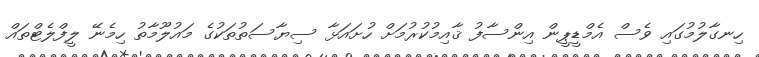
ހިނގާލުމުގައި ވެސް އެމްޑީޕީން އިންސާފު ޤާއިމުކުރުމަށް ހުށައަޅާ ސިޔާސަތުތަކުގެ މައުލޫމާތު ހިމެނޭ ލީފްލެޓްތައް